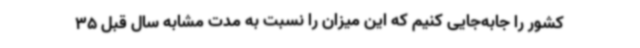
کشور را جابه‌جایی کنیم که این میزان را نسبت به مدت مشابه سال قبل 35